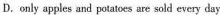
D.only apples ad potatoes are sold every day